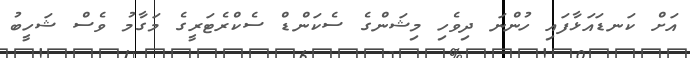
އަށް ކަނޑައަޅާފައި ހުންނަ ދިވެހި މިޝަންގެ ސެކަންޑް ސެކްރެޓަރީގެ މަގާމު ވެސް ޝަހީބު